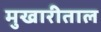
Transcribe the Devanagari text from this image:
मुखारीताल